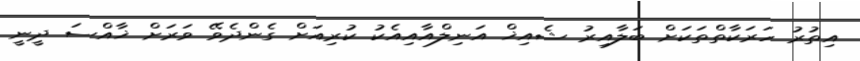
އިތުރު ހަރަކާތްތަކަށް ބަލާއިރު ޝެއިޚް އަނިލްއާއިއެކު ކުރިއަށް ގެންދެވޭ ވަރަށް ޚާއްސަ ދީނީ